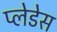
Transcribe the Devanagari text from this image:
प्लेडेस